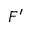
F ^ { \prime }